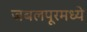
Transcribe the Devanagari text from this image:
जबलपूरमध्ये